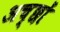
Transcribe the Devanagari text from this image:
अच्छों